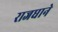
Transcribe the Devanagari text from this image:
राजधाने